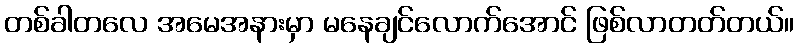
တစ်ခါတလေ အမေအနားမှာ မနေချင်လောက်အောင် ဖြစ်လာတတ်တယ်။